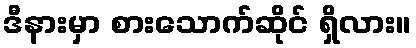
ဒီနားမှာ စားသောက်ဆိုင် ရှိလား။